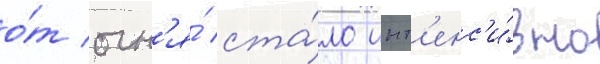
о́т огн'я́ ста́ло инт'енс'и́вно